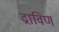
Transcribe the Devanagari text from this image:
द्राविण